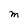
Character: M